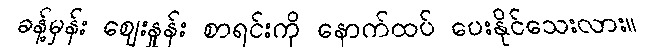
ခန့်မှန်း ဈေးနှုန်း စာရင်းကို နောက်ထပ် ပေးနိုင်သေးလား။